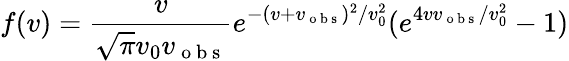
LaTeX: f(v)=\frac{v}{\sqrt{\pi}v_{0}v_{\mathrm{~o~b~s~}}}e^{-(v+v_{\mathrm{~o~b~s~}})^{2}/v_{0}^{2}}(e^{4vv_{\mathrm{~o~b~s~}}/v_{0}^{2}}-1)